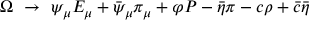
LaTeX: \Omega \ \to \ \psi _ { \mu } E _ { \mu } + \bar { \psi } _ { \mu } \pi _ { \mu } + \varphi { \cal P } - \bar { \eta } \pi - c \rho + \bar { c } \bar { \eta }